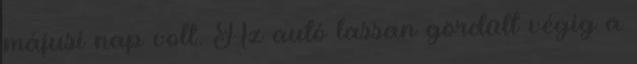
májusi nap volt. Az autó lassan gördült végig a